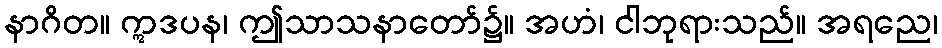
နာဂိတ။ ဣဒပန၊ ဤသာသနာတော်၌။ အဟံ၊ ငါဘုရားသည်။ အရညေ၊